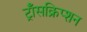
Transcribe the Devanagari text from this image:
ट्राँसक्रिप्शन